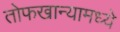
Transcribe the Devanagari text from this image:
तोफखान्यामध्ये